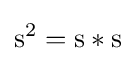
\mathrm {s} ^{2}=\mathrm {s} *\mathrm {s}